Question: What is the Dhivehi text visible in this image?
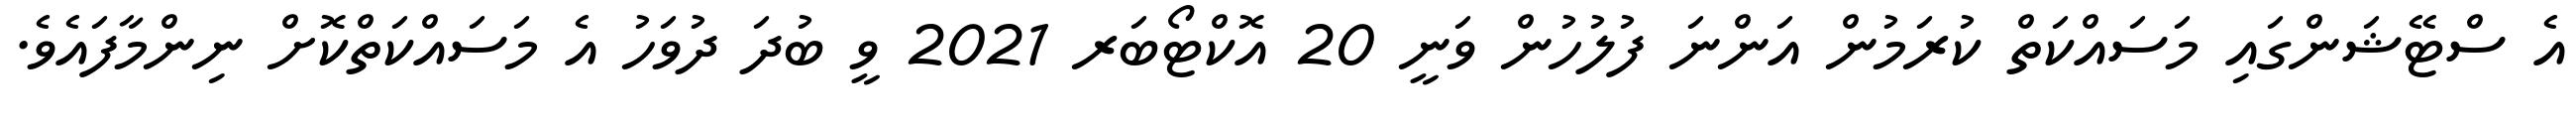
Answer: އެ ސްޓޭޝަންގައި މަސައްކަތް ކުރަމުން އަންނަ ފުލުހުން ވަނީ 20 އޮކްޓޯބަރ 2021 ވީ ބުދަ ދުވަހު އެ މަސައްކަތްކޮށް ނިންމާފައެވެ.